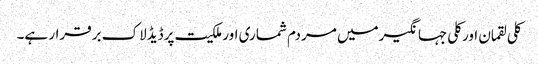
کلی لقمان اورکلی جہانگیرمیں مردم شماری اورملکیت پرڈیڈلاک برقرار ہے۔